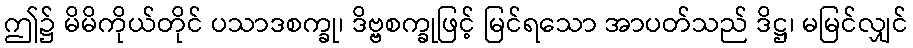
ဤ၌ မိမိကိုယ်တိုင် ပသာဒစက္ခု၊ ဒိဗ္ဗစက္ခုဖြင့် မြင်ရသော အာပတ်သည် ဒိဋ္ဌ၊ မမြင်လျှင်